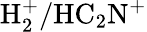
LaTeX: \mathrm{H_{2}^{+}/HC_{2}N^{+}}